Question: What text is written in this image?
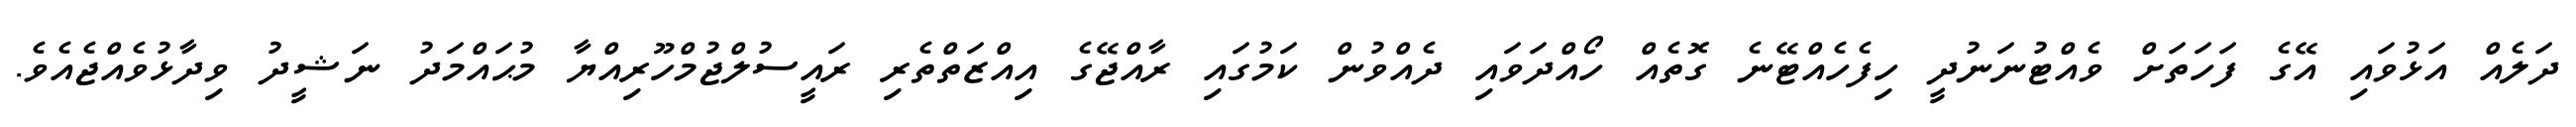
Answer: ދަލެއް އަޅުވައި އޭގެ ފަހަތަށް ވެއްޓުނަނުދީ ހިފެހެއްޓޭނެ ގޮތެއް ހޯއްދަވައި ދެއްވުން ކަމުގައި ރާއްޖޭގެ އިއްޒަތްތެރި ރައީސުލްޖުމްހޫރިއްޔާ މުޙައްމަދު ނަޝީދު ވިދާޅުވެއްޖެއެވެ.